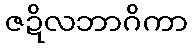
ဇဍိလဘာဂိကာ